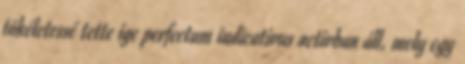
tökéletessé tette ige perfectum indicativus activban áll, mely egy